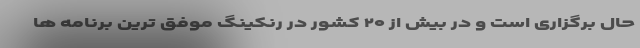
حال برگزاری است و در بیش از ۲۰ کشور در رنکینگ موفق ترین برنامه ها